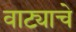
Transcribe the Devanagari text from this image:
वाट्याचे